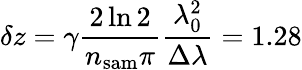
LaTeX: \delta z=\gamma\frac{2\ln{2}}{n_{\mathrm{sam}}\pi}\frac{\lambda_{0}^{2}}{\Delta\lambda}=1.28